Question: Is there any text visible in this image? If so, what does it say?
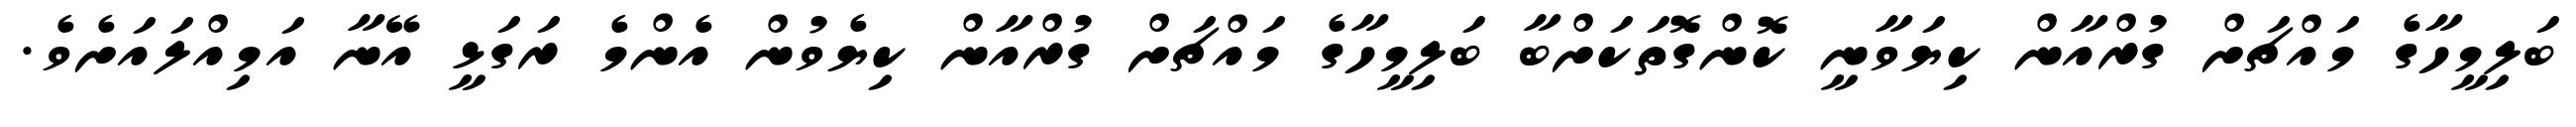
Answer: ބަލިމީހާގެ މައްޗަށް ގުރްއާން ކިޔަވާނީ ކޮންގޮތަކަށްބާ ބަލިމީހާގެ މައްޗަށް ގުރްއާން ކިޔެވުން އެންމެ ރަގަޅީ އޭނާ އަމިއްލައަށެވެ.